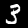
Label: 3